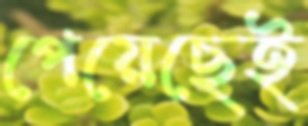
পেয়েছেই